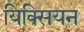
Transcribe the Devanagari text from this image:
यिक्सियन